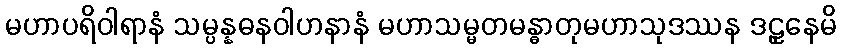
မဟာပရိဝါရာနံ သမ္ပန္နဓနဝါဟနာနံ မဟာသမ္မတမန္ဓာတုမဟာသုဒဿန ဒဠှနေမိ